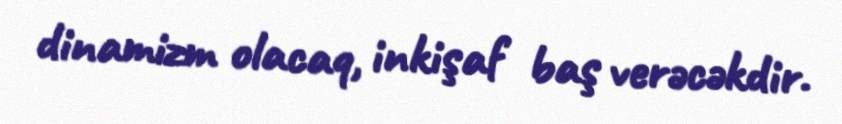
dinamizm olacaq, inkişaf baş verəcəkdir.